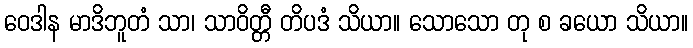
ဝေဒါန မာဒိဘူတံ သာ၊ သာဝိတ္တီ တိပဒံ သိယာ။ သောသော တု စ ခယော သိယာ။